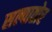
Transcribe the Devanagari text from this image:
सल्वातोर